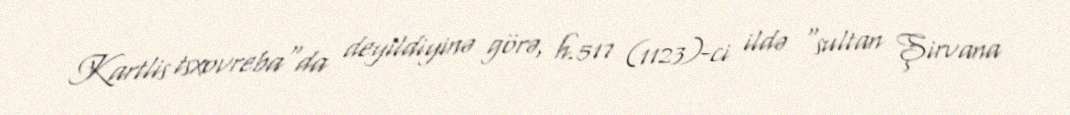
Kartlis tsxovreba"da deyildiyinə görə, h.517 (1123)-ci ildə "sultan Şirvana